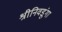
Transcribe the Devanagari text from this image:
श्रीनिवडूंगा